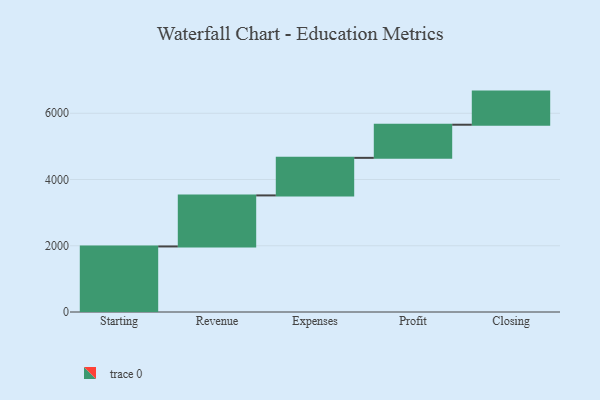
{"axis": {"x": "Step", "y": "Value"}, "legend": [""], "data": [{"x": "Starting", "y": 1979.0, "type": ""}, {"x": "Revenue", "y": 1541.0, "type": ""}, {"x": "Expenses", "y": 1134.0, "type": ""}, {"x": "Profit", "y": 1000, "type": ""}, {"x": "Closing", "y": 1000, "type": ""}]}